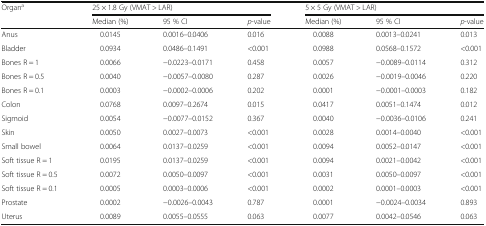
<table><thead><tr><td rowspan="2"><b>Organ<sup>a</sup></b></td><td colspan="3"><b>25 × 1.8 Gy (VMAT &gt; LAR)</b></td><td colspan="3"><b>5 × 5 Gy (VMAT &gt; LAR)</b></td></tr><tr><td><b>Median (%)</b></td><td><b>95 % CI</b></td><td><b><i>p</i>-value</b></td><td><b>Median (%)</b></td><td><b>95 % CI</b></td><td><b><i>p</i>-value</b></td></tr></thead><tbody><tr><td>Anus</td><td>0.0145</td><td>0.0016–0.0406</td><td>0.016</td><td>0.0088</td><td>0.0013–0.0241</td><td>0.013</td></tr><tr><td>Bladder</td><td>0.0934</td><td>0.0486–0.1491</td><td>&lt;0.001</td><td>0.0988</td><td>0.0568–0.1572</td><td>&lt;0.001</td></tr><tr><td>Bones R = 1</td><td>0.0066</td><td>−0.0223–0.0171</td><td>0.458</td><td>0.0057</td><td>−0.0089–0.0114</td><td>0.312</td></tr><tr><td>Bones R = 0.5</td><td>0.0040</td><td>−0.0057–0.0080</td><td>0.287</td><td>0.0026</td><td>−0.0019–0.0046</td><td>0.220</td></tr><tr><td>Bones R = 0.1</td><td>0.0003</td><td>−0.0002–0.0006</td><td>0.202</td><td>0.0001</td><td>−0.0001–0.0003</td><td>0.182</td></tr><tr><td>Colon</td><td>0.0768</td><td>0.0097–0.2674</td><td>0.015</td><td>0.0417</td><td>0.0051–0.1474</td><td>0.012</td></tr><tr><td>Sigmoid</td><td>0.0054</td><td>−0.0077–0.0152</td><td>0.367</td><td>0.0040</td><td>−0.0036–0.0106</td><td>0.241</td></tr><tr><td>Skin</td><td>0.0050</td><td>0.0027–0.0073</td><td>&lt;0.001</td><td>0.0028</td><td>0.0014–0.0040</td><td>&lt;0.001</td></tr><tr><td>Small bowel</td><td>0.0064</td><td>0.0137–0.0259</td><td>&lt;0.001</td><td>0.0094</td><td>0.0052–0.0147</td><td>&lt;0.001</td></tr><tr><td>Soft tissue R = 1</td><td>0.0195</td><td>0.0137–0.0259</td><td>&lt;0.001</td><td>0.0094</td><td>0.0021–0.0042</td><td>&lt;0.001</td></tr><tr><td>Soft tissue R = 0.5</td><td>0.0072</td><td>0.0050–0.0097</td><td>&lt;0.001</td><td>0.0031</td><td>0.0050–0.0097</td><td>&lt;0.001</td></tr><tr><td>Soft tissue R = 0.1</td><td>0.0005</td><td>0.0003–0.0006</td><td>&lt;0.001</td><td>0.0002</td><td>0.0001–0.0003</td><td>&lt;0.001</td></tr><tr><td>Prostate</td><td>0.0002</td><td>−0.0026–0.0043</td><td>0.787</td><td>0.0001</td><td>−0.0024–0.0034</td><td>0.893</td></tr><tr><td>Uterus</td><td>0.0089</td><td>0.0055–0.0555</td><td>0.063</td><td>0.0077</td><td>0.0042–0.0546</td><td>0.063</td></tr></tbody></table>